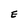
Character: E